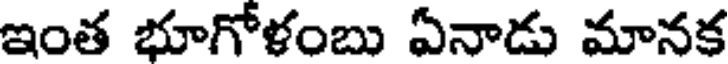
ఇంత భూగోళంబు ఏనాడు మానక